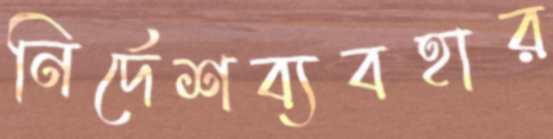
নির্দেশব্যবহার